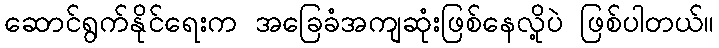
ဆောင်ရွက်နိုင်ရေးက အခြေခံအကျဆုံးဖြစ်နေလို့ပဲ ဖြစ်ပါတယ်။